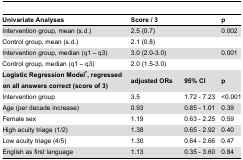
| Univariate Analyses | <COLSPAN=2> Score / 3 | p |
 | --- | --- | --- | --- |
 | Intervention group, mean (s.d.) | <COLSPAN=2> 2.5 (0.7) | 0.002 |
 | Control group, mean (s.d.) | <COLSPAN=2> 2.1 (0.8) |  |
 | Intervention group, median (q1 – q3) | <COLSPAN=2> 3.0 (2.0-3.0) | 0.001 |
 | Control group, median (q1 – q3) | <COLSPAN=2> 2.0 (1.5-3.0) |  |
 | Logistic Regression Model*, regressed on all answers correct (score of 3) | adjusted ORs | 95% CI | p |
 | Intervention group | 3.5 | 1.72 - 7.23 | <0.001 |
 | Age (per decade increase) | 0.93 | 0.85 - 1.01 | 0.39 |
 | Female sex | 1.19 | 0.63 - 2.25 | 0.59 |
 | High acuity triage (1/2) | 1.38 | 0.65 - 2.92 | 0.40 |
 | Low acuity triage (4/5) | 1.30 | 0.64 - 2.66 | 0.47 |
 | English as first language | 1.13 | 0.35 - 3.60 | 0.84 |